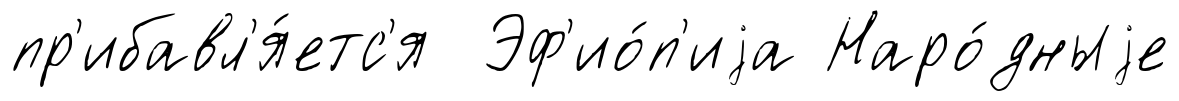
пр'ибавл'я́етс'я Эф'ио́п'иjа Наро́дныjе